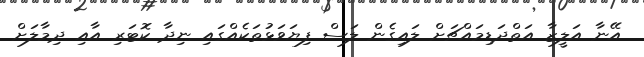
އޭނާ އަލީޒާ އަތްދަޑިމައްޗަށް ލައިގެން ލަސް ފިޔަވަޅުތަކެއްގައި ނިދާ ކޮޓަރި އާއި ދިމާލަށް